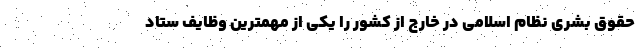
حقوق بشری نظام اسلامی در خارج از کشور را یکی از مهمترین وظایف ستاد